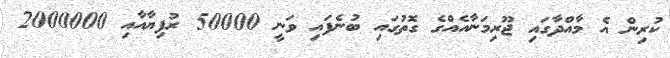
ކުރިން އެ މާއްދާގައި ޖޫރިމަނާއެއްގެ ގޮތުގައި ބުނެފައި ވަނީ 50000 ރުފިޔާއާއި 2000000